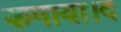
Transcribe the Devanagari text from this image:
कमाया।द